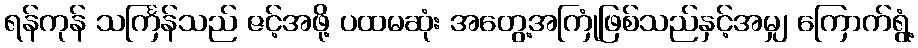
ရန်ကုန် သင်္ကြန်သည် ဇင့်အဖို့ ပထမဆုံး အတွေ့အကြုံဖြစ်သည်နှင့်အမျှ ကြောက်ရွံ့